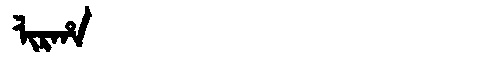
Manchu: ᠯᡳᡵᡥᠠ
Romanization: LIRHA